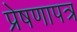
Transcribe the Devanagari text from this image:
प्रेषणापत्र